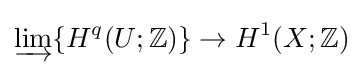
\varinjlim \{H^{q}(U;\mathbb {Z} )\}\to H^{1}(X;\mathbb {Z} )